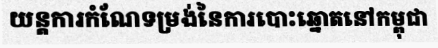
យន្តការកំណែទម្រង់នៃការបោះឆ្នោតនៅកម្ពុជា